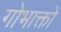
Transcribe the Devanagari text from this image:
गोभाक्तो